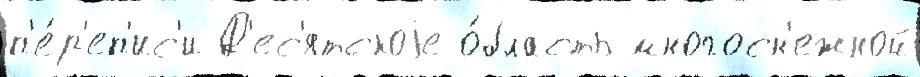
п'е́р'еп'ис'и Д'ес'ятскоjе о́бласть многосн'ежной